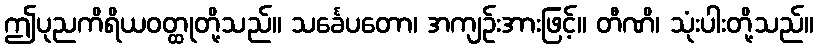
ဤပုညကိရိယဝတ္ထုတို့သည်။ သင်္ခေပတော၊ အကျဉ်းအားဖြင့်။ တီဏိ၊ သုံးပါးတို့သည်။